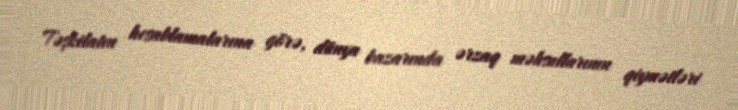
Təşkilatın hesablamalarına görə, dünya bazarında ərzaq məhsullarının qiymətləri